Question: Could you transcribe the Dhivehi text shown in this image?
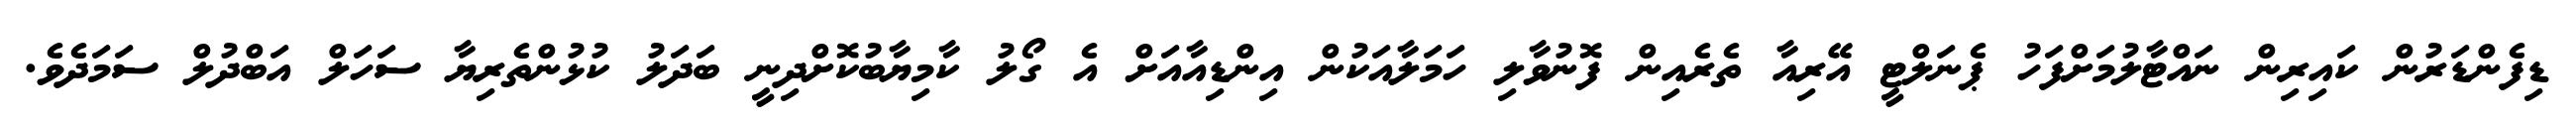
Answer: ޑިފެންޑަރުން ކައިރިން ނައްޓާލުމަށްފަހު ޕެނަލްޓީ އޭރިއާ ތެރެއިން ފޮނުވާލި ހަމަލާއަކުން އިންޑިއާއަށް އެ ގޯލު ކާމިޔާބުކޮށްދިނީ ބަދަލު ކުޅުންތެރިޔާ ސަހަލް އަބްދުލް ސަމަދެވެ.